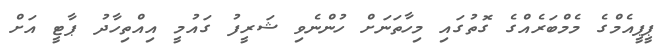
ޕީޕީއެމްގެ މެމްބަރެއްގެ ގޮތުގައި މިހާތަނަށް ހުންނެވި ޝަރީފު ގައުމީ އިއްތިހާދު ޕާޓީ އަށް